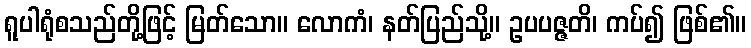
ရူပါရုံစသည်တို့ဖြင့် မြတ်သော။ လောကံ၊ နတ်ပြည်သို့။ ဥပပဇ္ဇတိ၊ ကပ်၍ ဖြစ်၏။